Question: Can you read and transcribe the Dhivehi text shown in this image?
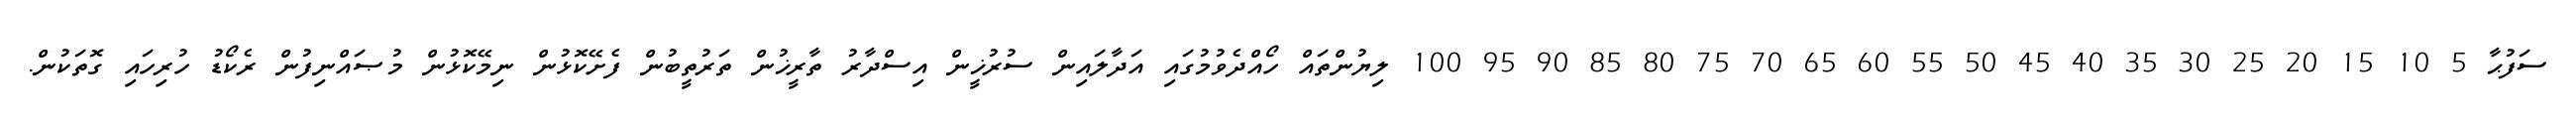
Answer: ސަފުޙާ 5 10 15 20 25 30 35 40 45 50 55 60 65 70 75 80 85 90 95 100 ލިޔުންތައް ހޯއްދެވުމުގައި އަދާލައިން ސުރުޚީން އިސްދާރު ތާރީޚުން ތަރުތީބުން ފެށޭކޮޅުން ނިމޭކޮޅުން މުޞައްނިފުން ރެކޯޑު ހުރިހައި ގޮތަކުން.